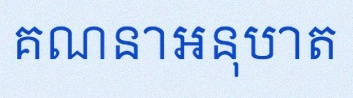
គណនាអនុបាត